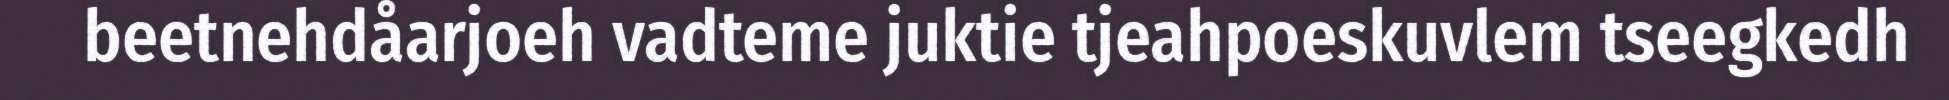
beetnehdåarjoeh vadteme juktie tjeahpoeskuvlem tseegkedh